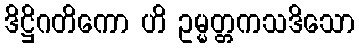
ဒိဋ္ဌိဂတိကော ဟိ ဥမ္မတ္တကသဒိသော